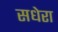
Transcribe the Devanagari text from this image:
सधेरा